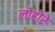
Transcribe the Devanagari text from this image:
लोहोरे